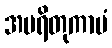
အမရိတုကာမံ